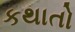
કથાતો